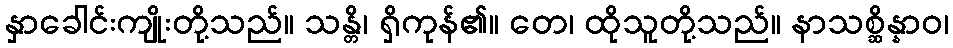
နှာခေါင်းကျိုးတို့သည်။ သန္တိ၊ ရှိကုန်၏။ တေ၊ ထိုသူတို့သည်။ နာသစ္ဆိန္နာဝ၊